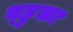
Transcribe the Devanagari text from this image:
च्हुका